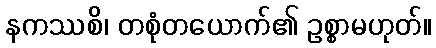
နကဿစိ၊ တစုံတယောက်၏ ဥစ္စာမဟုတ်။